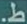
ط.